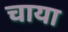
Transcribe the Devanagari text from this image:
चाया